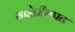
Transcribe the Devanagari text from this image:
साडेतीनपट